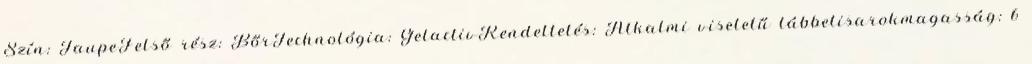
Szín: TaupeFelső rész: BőrTechnológia: GelactivRendeltetés: Alkalmi viseletű lábbelisarokmagasság: 6